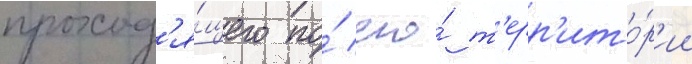
проход'я́щего по́ его́ т'ерр'ито́р'ии